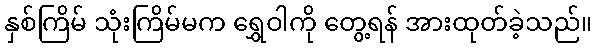
နှစ်ကြိမ် သုံးကြိမ်မက ရွှေဝါကို တွေ့ရန် အားထုတ်ခဲ့သည်။